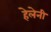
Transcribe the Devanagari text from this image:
हेलेनी